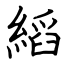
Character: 縚